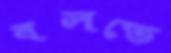
বলতে